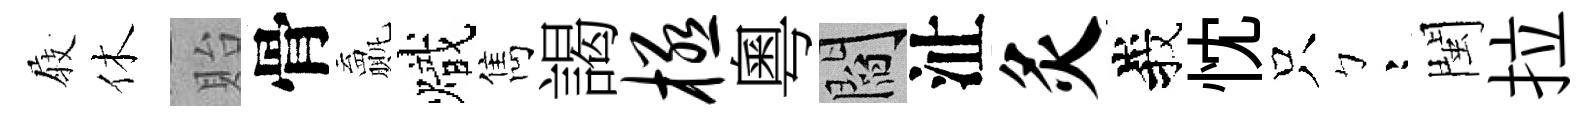
𡲆休貽骨贏熾雋謁极粵閻沚灸峩忱只彎閩拉